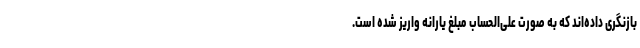
بازنگری داده‌اند که به صورت علی‌الحساب مبلغ یارانه واریز شده است.